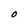
Character: O